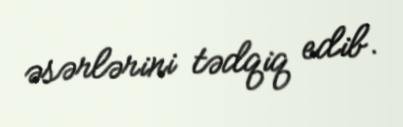
əsərlərini tədqiq edib.